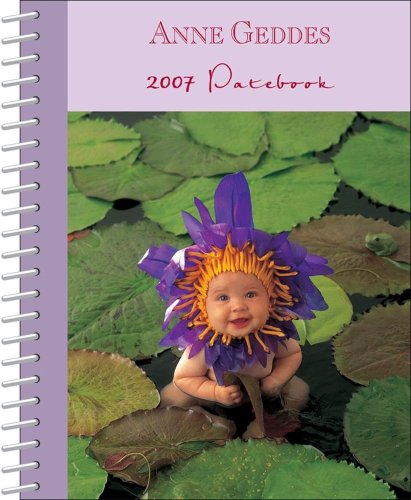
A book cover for Anne Geddes Down in the Garden 2007 Desk Calendar; Anne Geddes; Calendars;